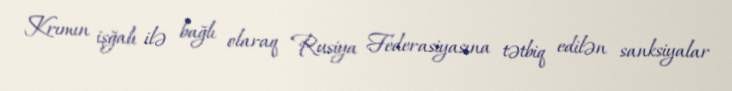
Krımın işğalı ilə bağlı olaraq Rusiya Federasiyasına tətbiq edilən sanksiyalar